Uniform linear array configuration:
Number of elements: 32
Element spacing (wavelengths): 0.25
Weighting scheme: exponential
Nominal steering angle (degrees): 15
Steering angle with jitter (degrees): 15.343
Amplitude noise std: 0.05
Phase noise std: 0.05

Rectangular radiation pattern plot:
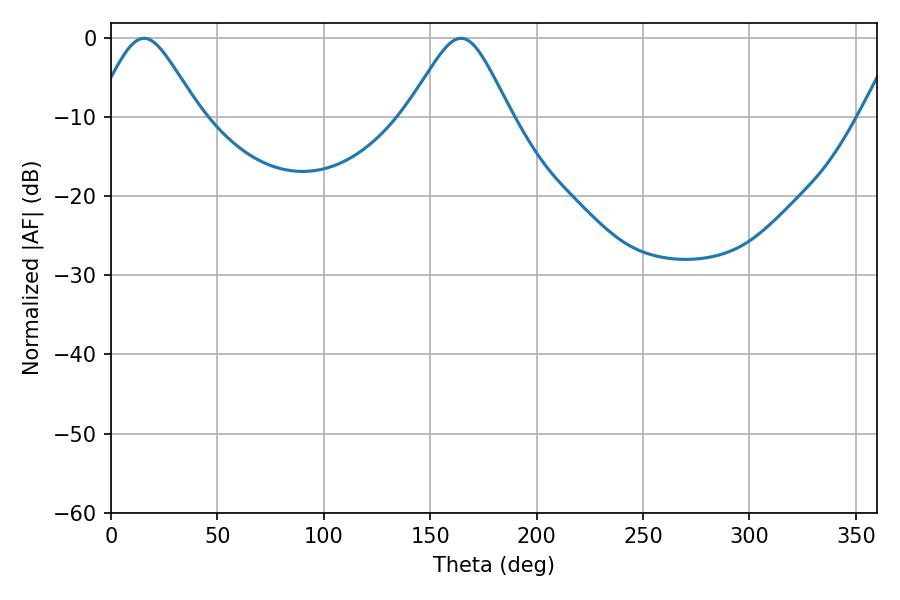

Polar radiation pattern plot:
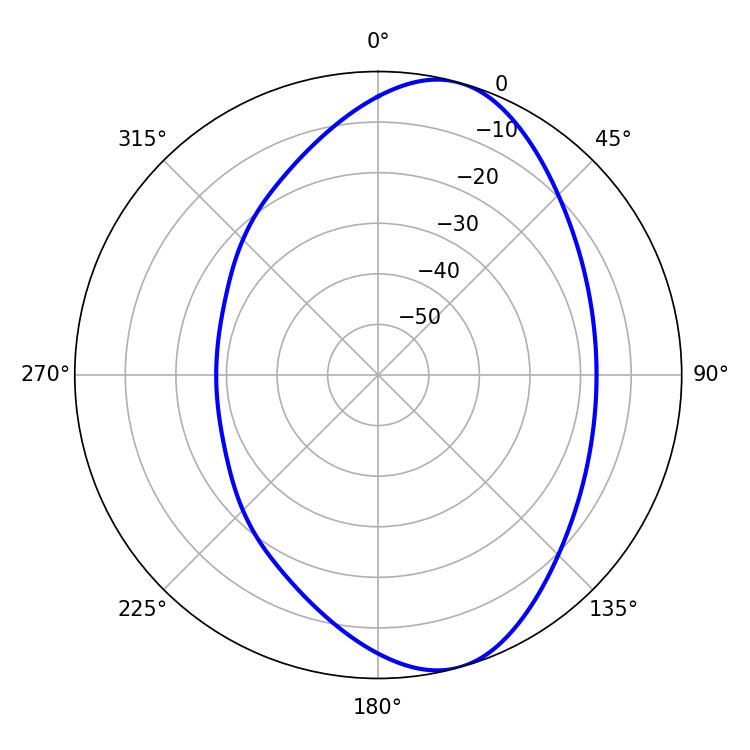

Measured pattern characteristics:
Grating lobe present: FALSE
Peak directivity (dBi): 8.207
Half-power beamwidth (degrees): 23.94
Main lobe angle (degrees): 15.48